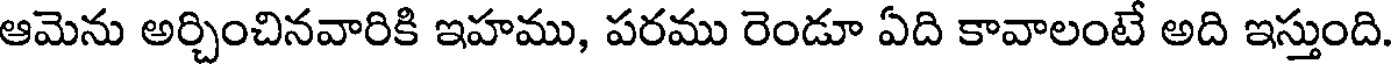
ఆమెను అర్చించినవారికి ఇహము, పరము రెండూ ఏది కావాలంటే అది ఇస్తుంది